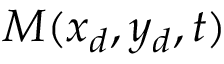
M ( x _ { d } , y _ { d } , t )